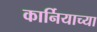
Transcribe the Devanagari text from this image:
कार्नियाच्या